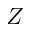
Z